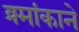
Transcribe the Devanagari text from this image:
क्र्मांकाने